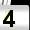
Digit: 4